Civil Veterinary Dept. Bombay admin report 1907-1913 - 1907-1913
Year: 1907
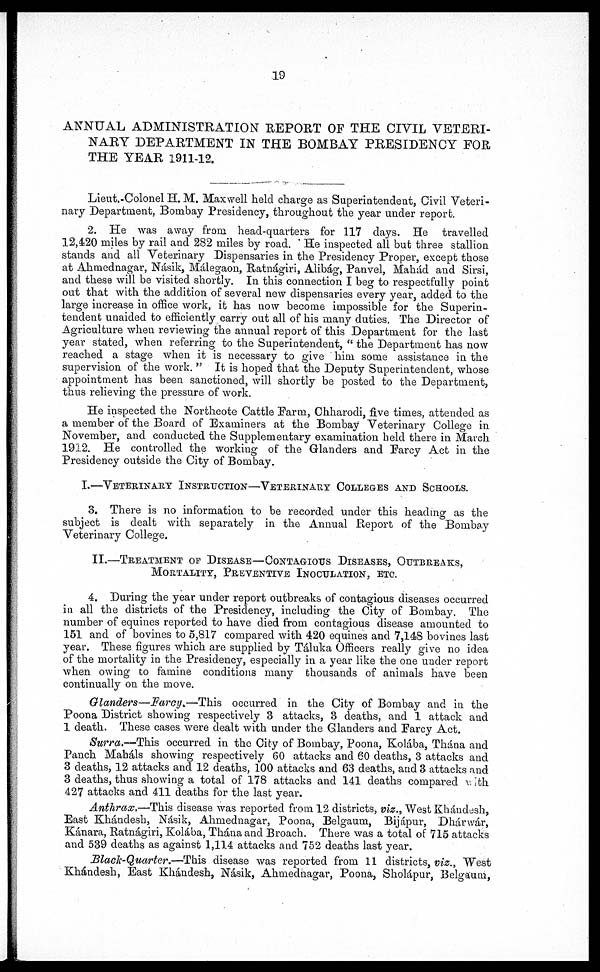
19
ANNUAL ADMINISTRATION REPORT OF THE CIVIL VETERI-
NARY DEPARTMENT IN THE BOMBAY PRESIDENCY FOR
THE YEAR 1911-12.
Lieut.-Colonel H. M. Maxwell held charge as Superintendent, Civil Veteri-
nary Department, Bombay Presidency, throughout the year under report.
2. He was away from head-quarters for 117 days. He travelled
12,420 miles by rail and 282 miles by road. He inspected all but three stallion
stands and all Veterinary Dispensaries in the Presidency Proper, except those
at Ahmednagar, Násik, Málegaon, Ratnágiri, Alibág, Panvel, Mahád and Sirsi,
and these will be visited shortly. In this connection I beg to respectfully point
out that with the addition of several new dispensaries every year, added to the
large increase in office work, it has now become impossible for the Superin-
tendent unaided to efficiently carry out all of his many duties. The Director of
Agriculture when reviewing the annual report of this Department for the last
year stated, when referring to the Superintendent, "the Department has now
reached a stage when it is necessary to give him some assistance in the
supervision of the work." It is hoped that the Deputy Superintendent, whose
appointment has been sanctioned, will shortly be posted to the Department,
thus relieving the pressure of work.
He inspected the Northcote Cattle Farm, Chharodi, five times, attended as
a member of the Board of Examiners at the Bombay Veterinary College in
November, and conducted the Supplementary examination held, there in March
1912. He controlled the working of the Glanders and Farcy Act in the
Presidency outside the City of Bombay.
I.—VETERINARY INSTRUCTION—VETERINARY COLLEGES AND SCHOOLS.
3. There is no information to be recorded under this heading as the
subject is dealt with separately in the Annual Report of the Bombay
Veterinary College.
II.—TREATMENT OF DISEASE—CONTAGIOUS DISEASES, OUTBREAKS,
MORTALITY, PREVENTIVE INOCULATION, ETC.
4. During the year under report outbreaks of contagious diseases occurred
in all the districts of the Presidency, including the City of Bombay. The
number of equines reported to have died from contagious disease amounted to
151 and of bovines to 5,817 compared with 420 equines and 7,148 bovines last
year. These figures which are supplied by Táluka Officers really give no idea
of the mortality in the Presidency, especially in a year like the one under report
when owing to famine conditions many thousands of animals have been
continually on the move.
Glanders—Farcy.—This
occurred in the City of Bombay and in the
Poona District showing respectively 3 attacks, 3 deaths, and 1 attack and
1 death. These cases were dealt with under the Glanders and Farcy Act.
Surra.—This
occurred in the City of Bombay, Poona, Kolába, Thána and
Panch Maháls showing respectively 60 attacks and 60 deaths, 3 attacks and
3 deaths, 12 attacks and 12 deaths, 100 attacks and 63 deaths, and 3 attacks and
3 deaths, thus showing a total of 178 attacks and 141 deaths compared with
427 attacks and 411 deaths for the last year.
Anthrax.—This disease was reported from 12 districts, viz., West Khándesh,
East Khándesh, Násik, Ahmednagar, Poona, Belgaum, Bijápur, Dhárwár,
Kánara, Ratnágiri, Kolába, Thána and Broach. There was a total of 715 attacks
and 539 deaths as against 1,114 attacks and 752 deaths last year.
Black-Quarter.—This
disease was reported from 11 districts, viz., West
Khándesh, East Khándesh, Násik, Ahmednagar, Poona, Sholápur, Belgaum,